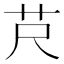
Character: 𦬨